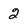
Character: 2